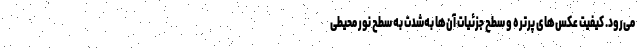
می‌رود. کیفیت عکس‌های پرتره و سطح جزئیات آن‌ها به‌شدت به سطح نور محیطی